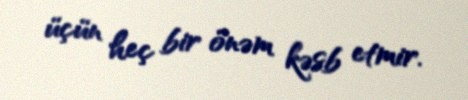
üçün heç bir önəm kəsb etmir.